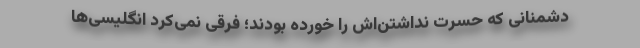
دشمنانی که حسرت نداشتن‌اش را خورده بودند؛ فرقی نمی‌کرد انگلیسی‌ها